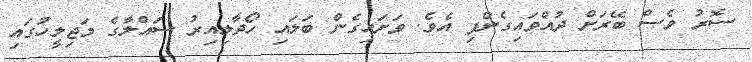
ސޮރު ވެސް ބޭރަށް ދުއްވައިގެންފި އެވެ. ވަށައިގެން ބަލައި ހޯދާލިއިރު ސައްލާގެ މަޖިލީހުގައި